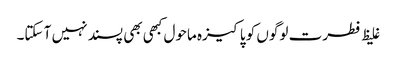
غلیظ فطرت لوگوں کو پاکیزہ ماحول کبھی بھی پسند نہیں آ سکتا۔